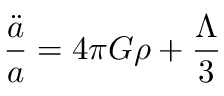
\frac { \ddot { a } } { a } = 4 \pi G \rho + \frac { \Lambda } { 3 }